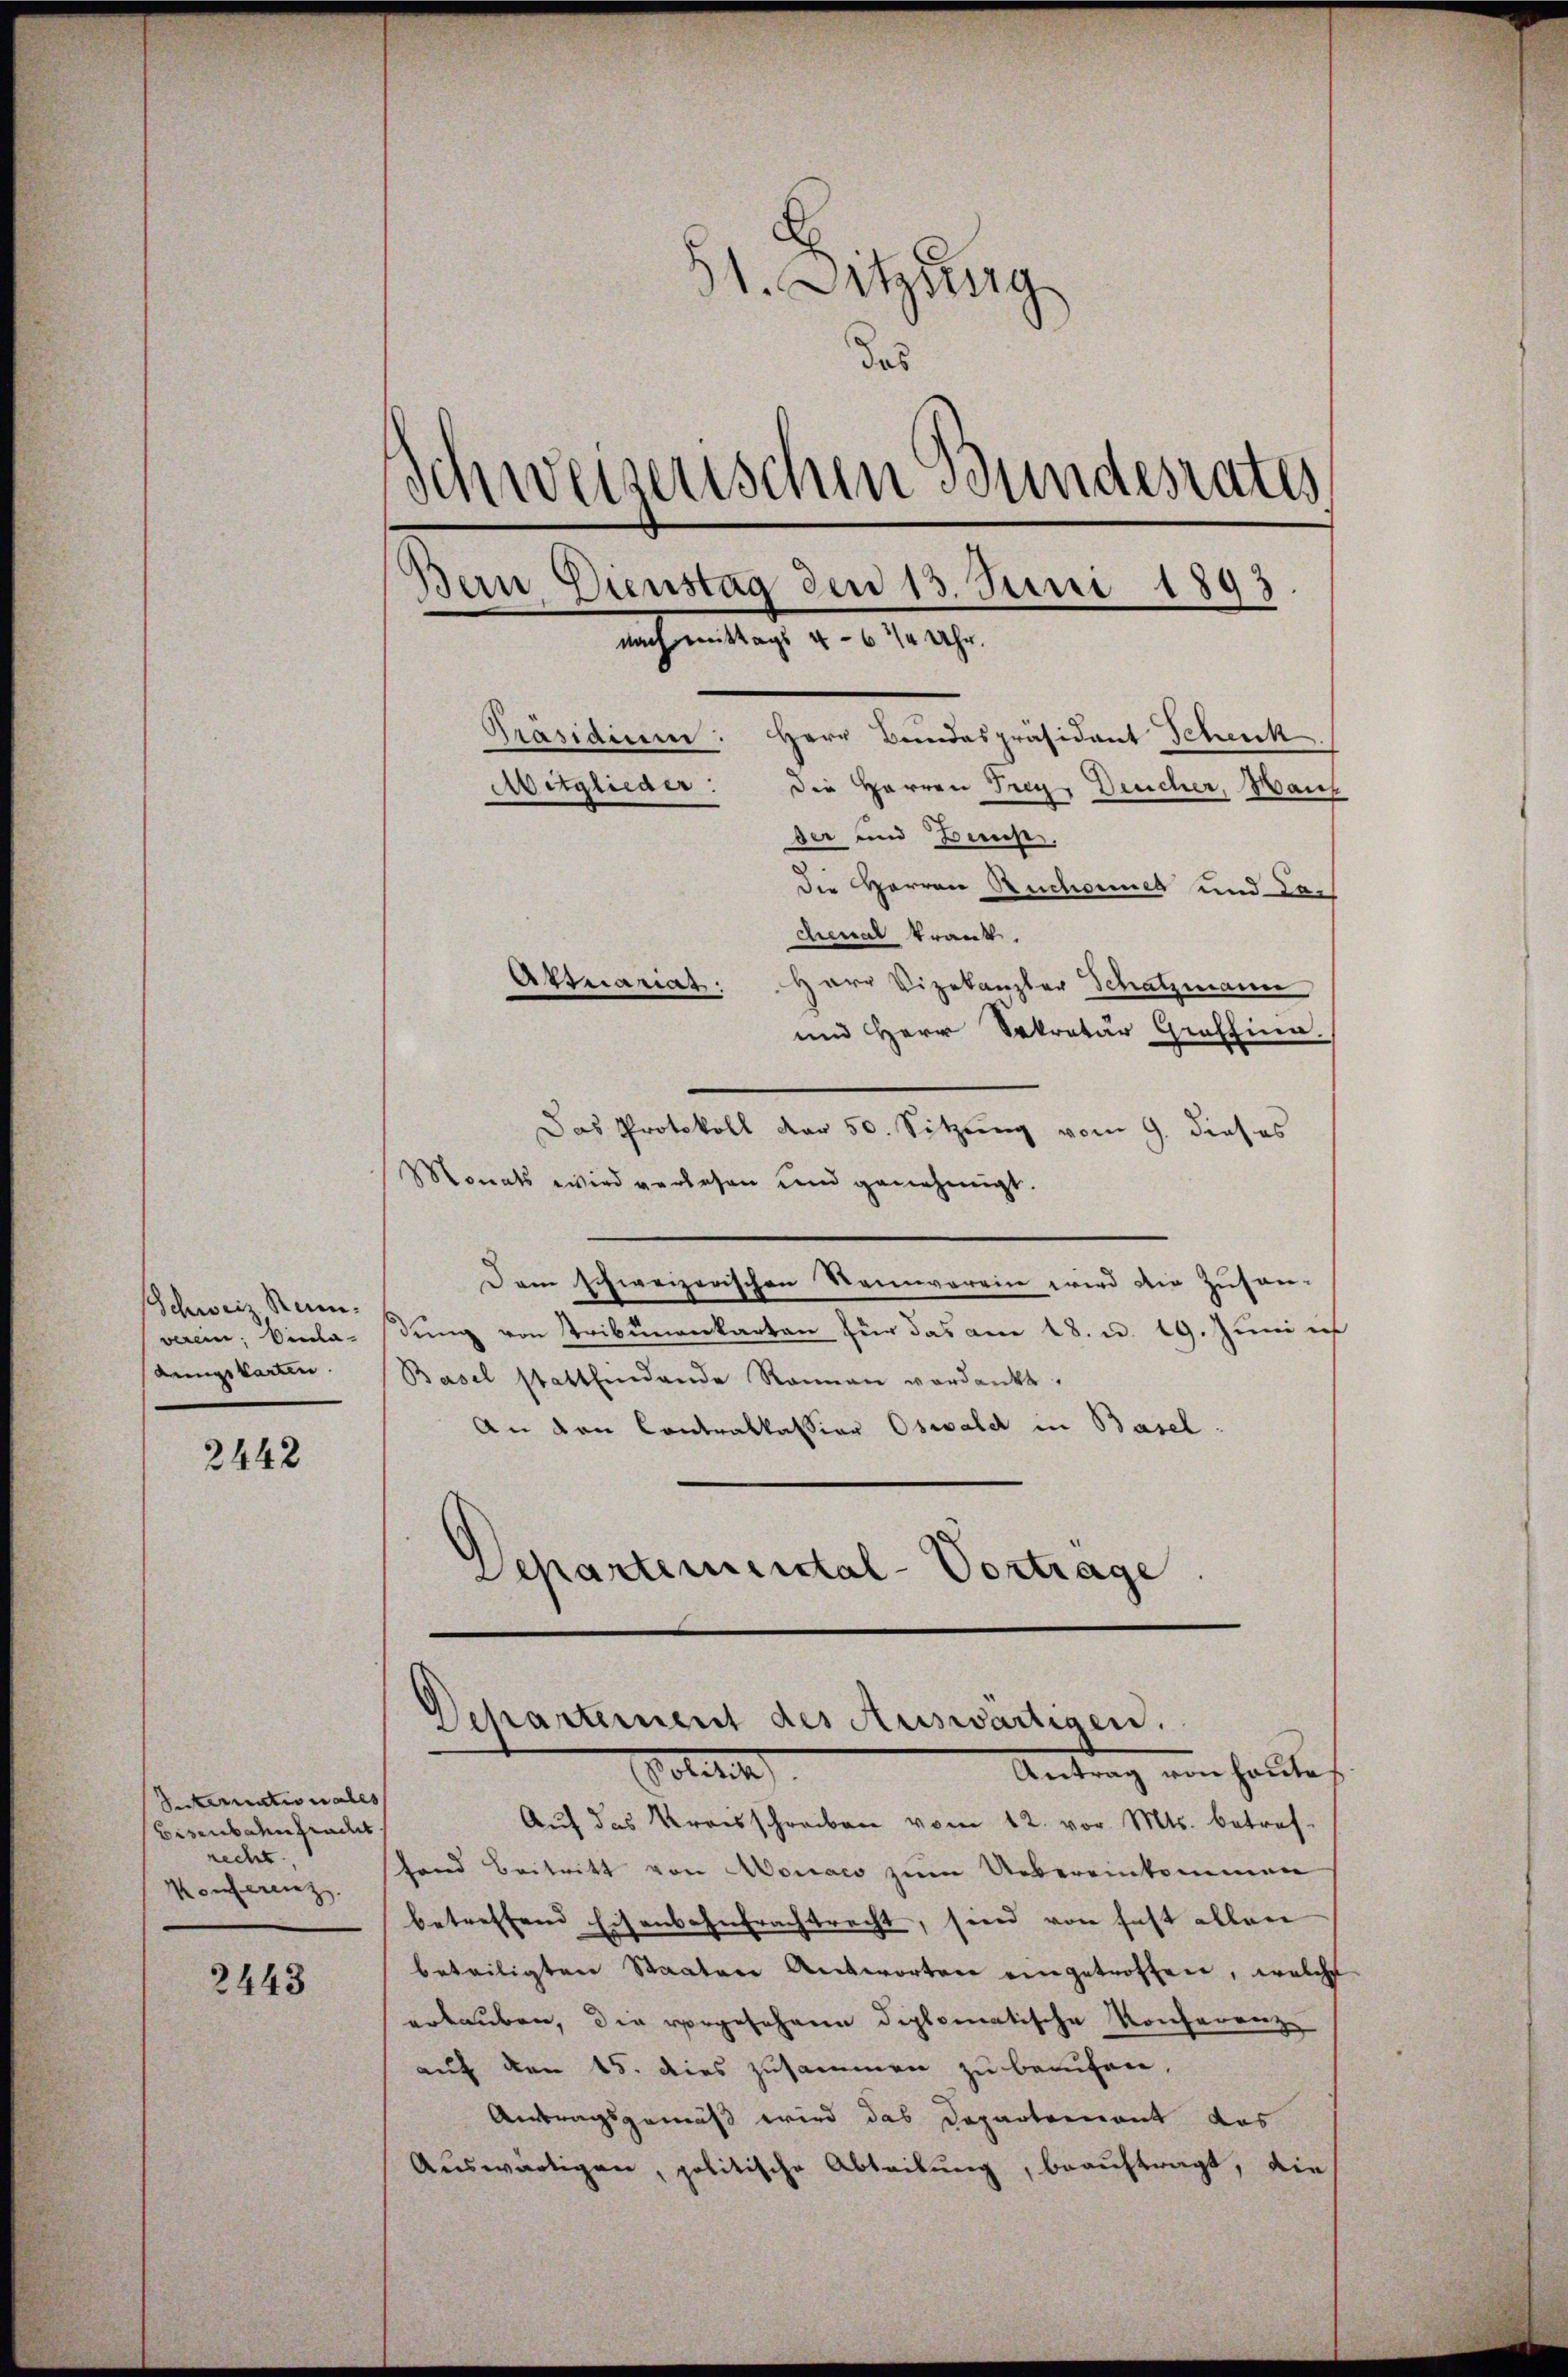
Schweiz. Reinverein Einla
dungskarten.

2442

Suternationales
Bisenbahngradet.
recht
Konferenz

2443

51. Setzung
das
Schweizerischen Bundesrates
Bein Dienstag den 13. Juni 1893
nach mittags 4-6 ½ Uhr.
Präsidium. Herr Bundespräsident Schenk
Mitglieder: Die Herren Frey, Deucher, Manch
der und Bemess
Die Herren Rucheines und da¬

denat trank.
Harr Vizekanzler Schatzmann
und Herr Sekretär Graffina
Das Protokoll dar 50. Sitzung vom 9. dieses
Monats wird verlesen und genehmigt.
Dem schweizerischen Neinverein wird die Zusen-
dung von Tribunankarten für das am 18. u. 19. Juni is
Basel stattfindende Rainen verdankt.
An den Contralkassion Oswald in Basel.
Departemental-Vortrage

Atmariat.

Dchartement des Auswärtigen.
olitik
Antrag von Haltet

Auf das Kreisschreiben vom 12. vor. Mts. betref-
fand Beitritt von Monats zum Uebereinkommen
betreffend Eisenbahntrachtrecht, sind von fast allen
beteiligten Staaten Antworten eingetroffen, welche
erlauben, die vorgeJohann diplomatische Konferenz
auf den 15. dies zusammen zu berufen,
Antragsgemäß wird das Departernant das
Auswärtigen, politische Abtribung, beauftragt, die